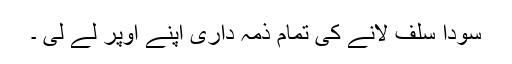
سودا سلف لانے کی تمام ذمہ داری اپنے اوپر لے لی ۔